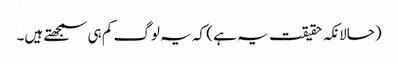
(حالانکہ حقیقت یہ ہے ) کہ یہ لوگ کم ہی سمجھتے ہیں۔